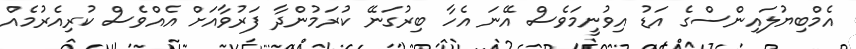
އެމްބިޔުލައިންސްގެ އަޑު އިވުނީމަވެސް އޭނަ އެހާ ބިރުގަނޭ ކުރަމުންދާ ފަރުވާއަށް އެއްވެސް ކުރިއެރުމެއް